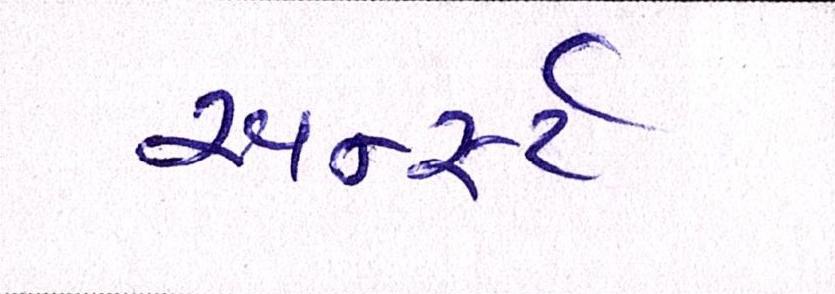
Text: અર્ન્સ્ટ